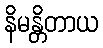
နိမန္တိတာယ